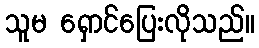
သူမ ရှောင်ပြေးလိုသည်။